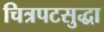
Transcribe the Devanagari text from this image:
चित्रपटसुद्धा